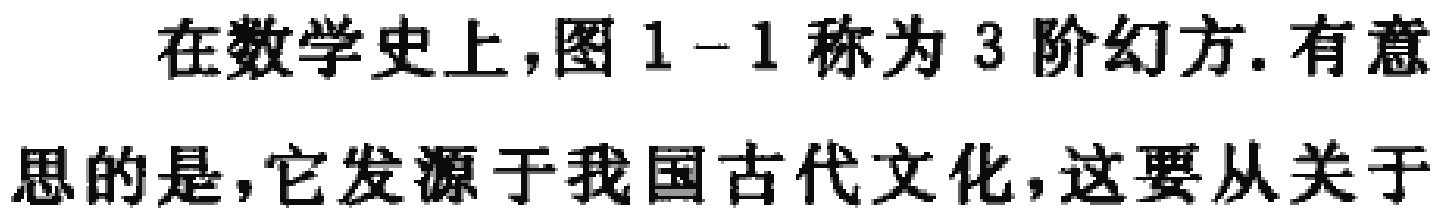
在数学史上，图 1 - 1 称为 3 阶幻方. 有意思的是，它发源于我国古代文化，这要从关于